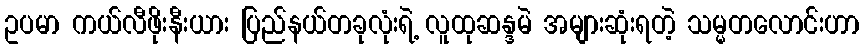
ဥပမာ ကယ်လီဖိုးနီးယား ပြည်နယ်တခုလုံးရဲ့ လူထုဆန္ဒမဲ အများဆုံးရတဲ့ သမ္မတလောင်းဟာ